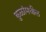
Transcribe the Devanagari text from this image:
कुळांमधील